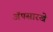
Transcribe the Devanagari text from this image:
ॲपसारखे